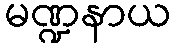
မဏ္ဍနာယ